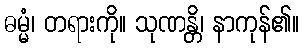
ဓမ္မံ၊ တရားကို။ သုဏန္တိ၊ နာကုန်၏။